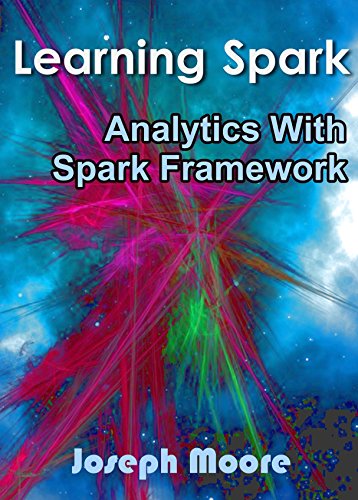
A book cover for Learning Spark: Analytics With Spark Framework; Joseph Moore; Computers & Technology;